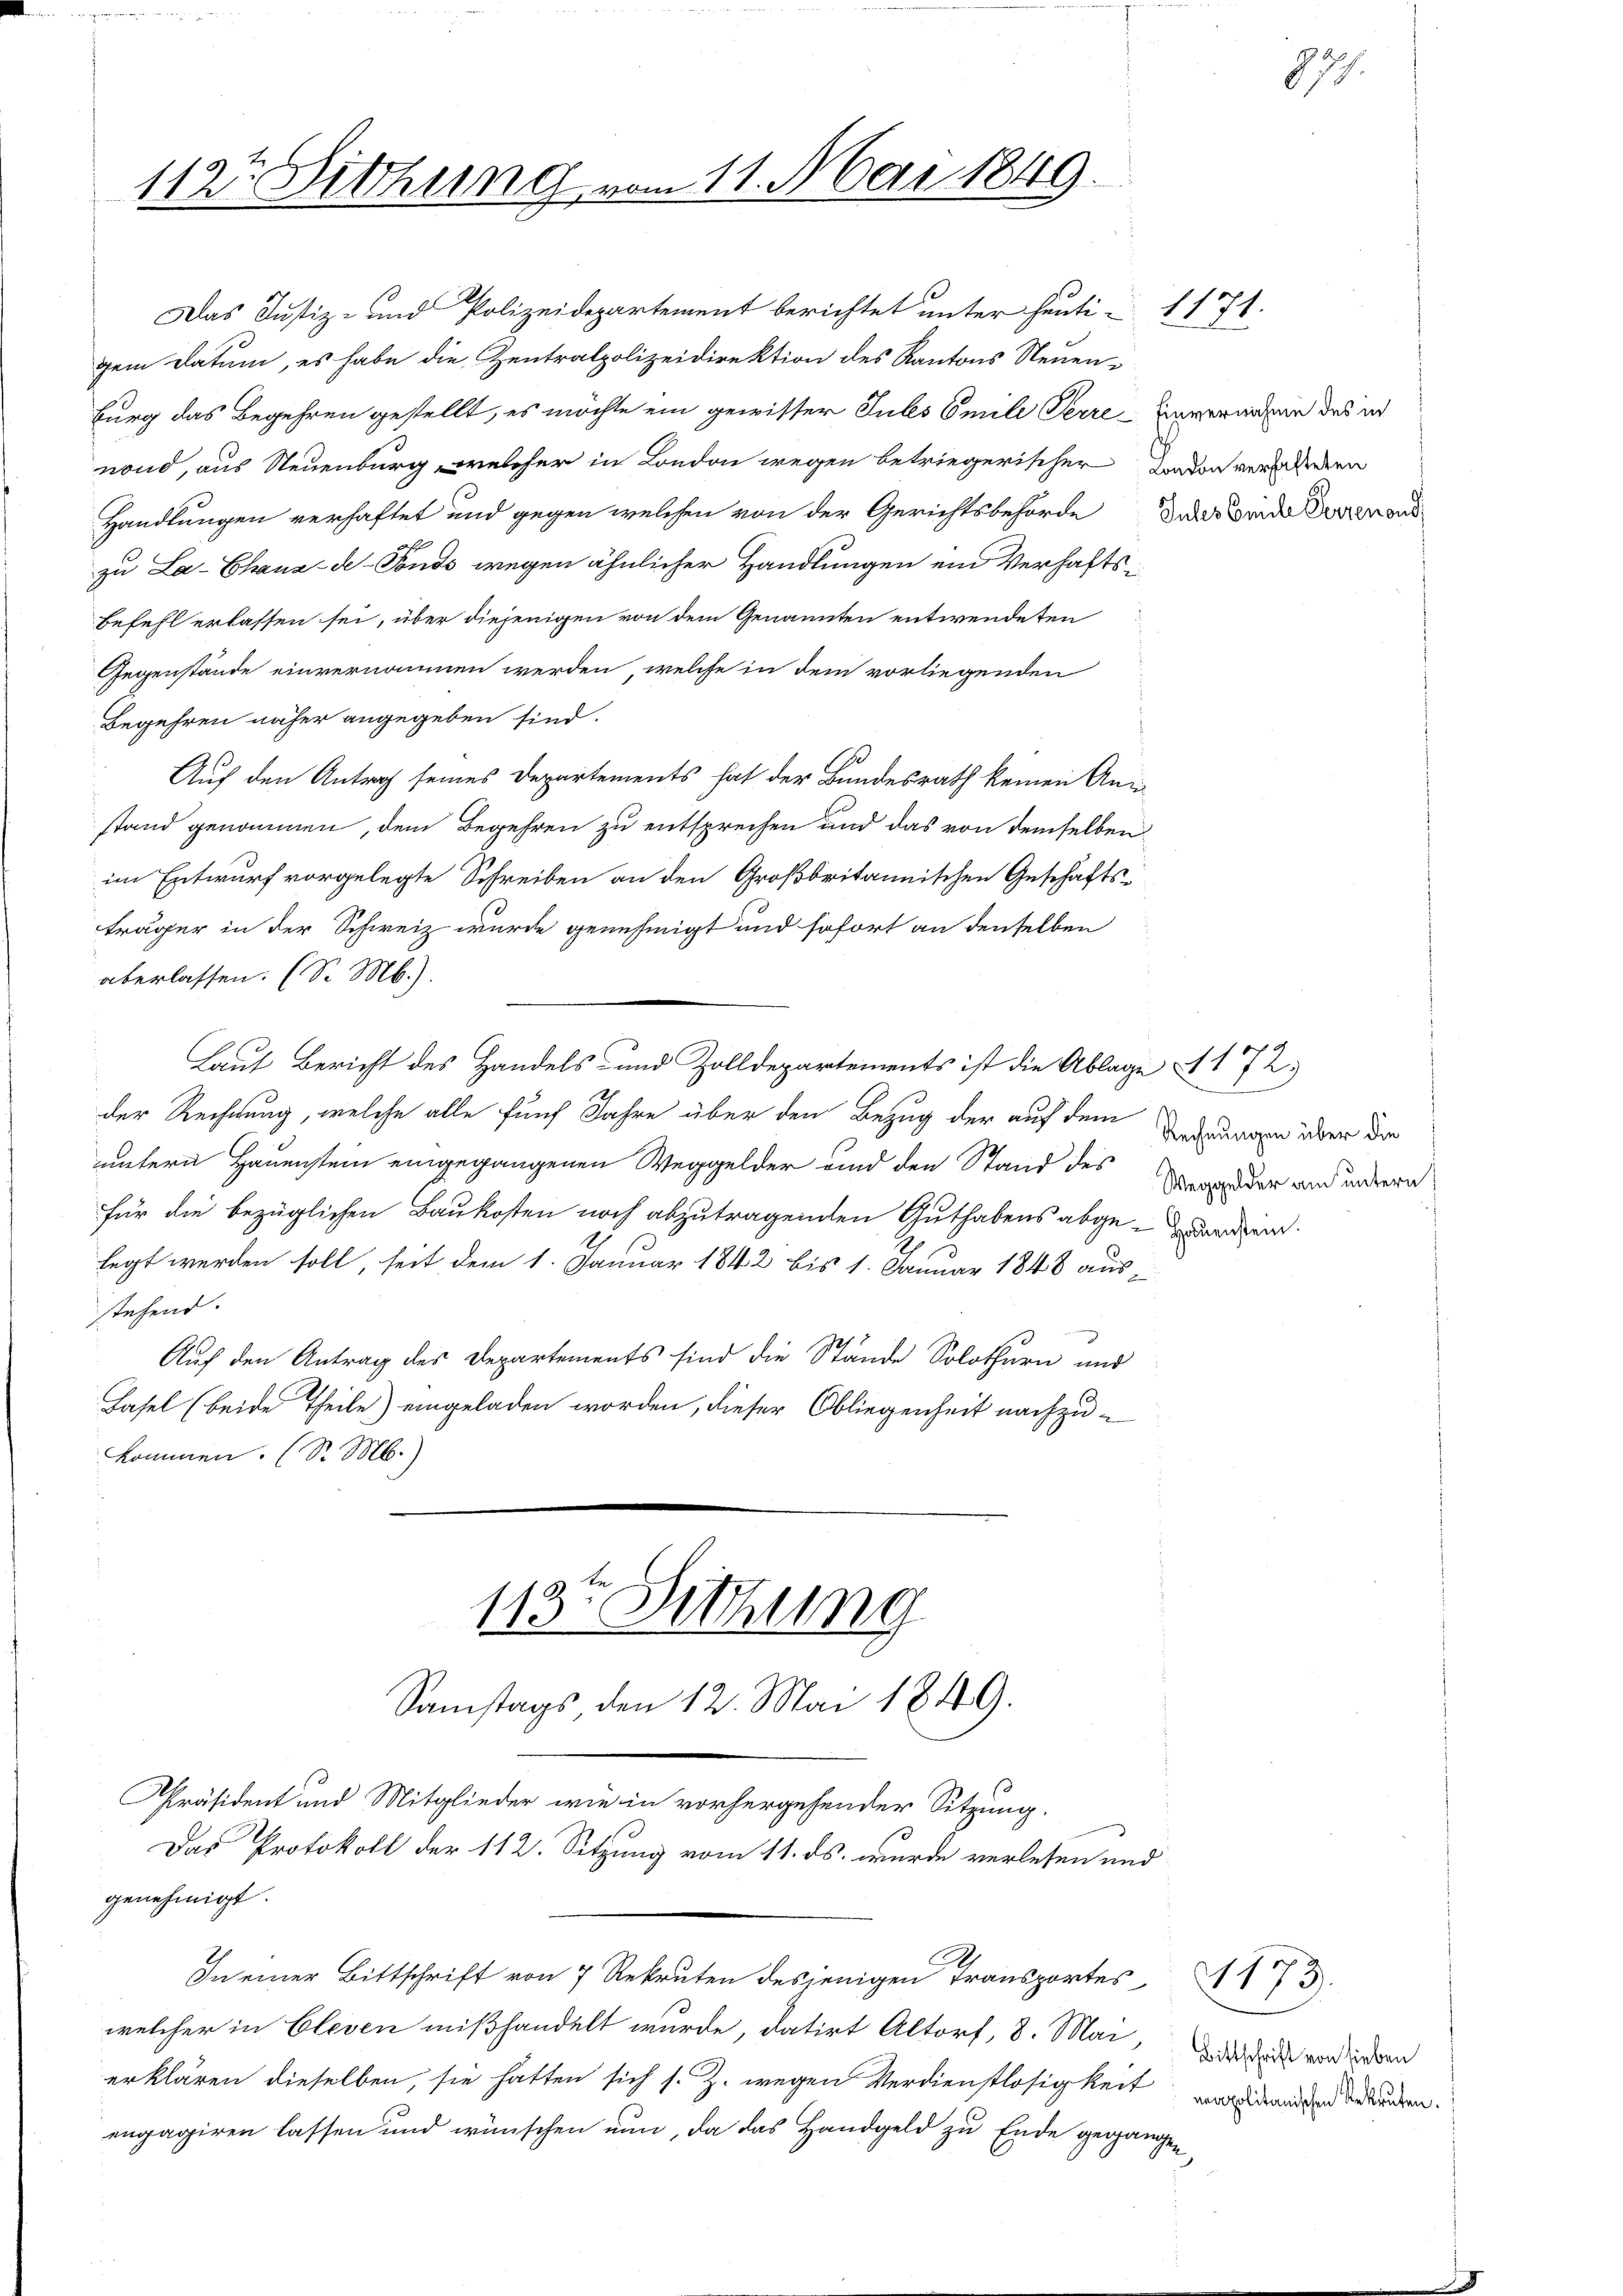
Burg das Begehren gestellt, es möchte ein gewisser Jules Emile Perre Einveränden des in
nond, aus Neuenburg, welcher in London wegen betriegerischer davon verladenen
Handlungen verhaftet und gegen welchen von der Gerichtsbehörde das Beide Turnaud
zu La-Chaux-de-Fonds wegen ähnlicher Handlungen ein Verhaftsbefehl erlassen sei, über diejenigen von dem Genannten entwendeten
Gegenstände einvernommen werden, welche in dem vorliegenden
Begehren näher angegeben sind.
s
Auf den Antrag seines Departements hat der Bundesrath keinen Ann
stand genommen, dem Begehren zu entsprechen und das von demselben
im Entwurf vorgelegte Schreiben an den Großbritannischen Geschäftsträger in der Schweiz wurde genehmigt und sofort an denselben
überlassen. (S. M.).
Laut Bericht des Handels- und Zolldepartements ist die Ablage A. 172.)
der Rechnung, welche alle fünf Jahre über den Bezug der auf dem
uuntern Hauenstein eingegangenen Weggelder und den Stand des
für die bezüglichen Baukosten noch abzutragenden Guthabens abge-arden.
,
legt werden soll, seit dem 1. Januar 1842 bis 1. Januar 1848 aus-
stehend.
Auf den Antrag des Departements sind die Stände Solothurn und
Hasel (beide Theile) eingeladen worden, dieser Obliegenheit nachzukommen. (S. M.)

112te Sitzung vom 11. Mai 1849.

Das Justiz- und Polizeidepartement berichtet unter heuti 1171.
gem Datum, es habe die Zentralpolizeidirektion des Kantons Neuen¬

113. Sitzung
Samstags den 12. Mai 1849.

Präsident und Mitglieder wie in vorhergehender Sitzung.
Das Protokoll der 112. Sitzung vom 11. ds. wurde verlesen und
genehmigt.
In einer Bittschrift von 7 Rekruten desjenigen Transportes
welcher in Cleven mißhandelt wurde, datirt Altorf, 8. Mai,
erklären dieselben, sie hatten sich s. Z. wegen Verdienstlosigkeit
engagiren lassen und wünschen nun, da das Handgeld zu Ende gegangen

ei
Rechnungen über die
Weggelder am untern

sis es

1173.
Bittschrift von lieben
napolitanischen Rekruten.

874.